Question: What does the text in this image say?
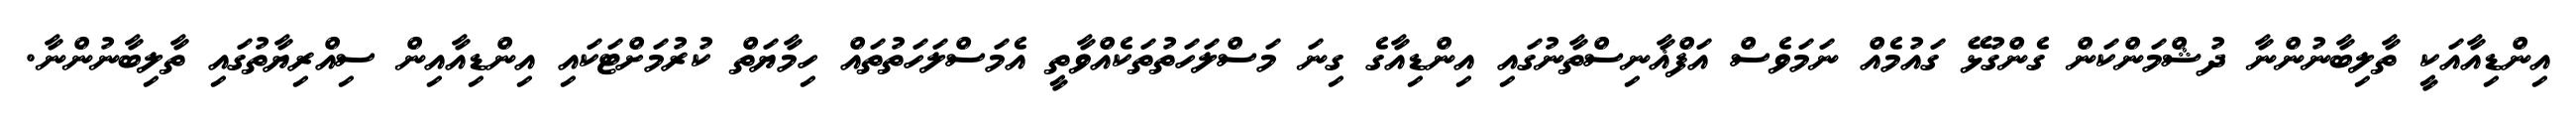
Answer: އިންޑިއާއަކީ ތާލިބާނުންނާ ދުޝްމަންކަން ގެންގުޅޭ ގައުމެއް ނަމަވެސް އަފްޣާނިސްތާނުގައި އިންޑިއާގެ ގިނަ މަސްލަހަތުތަކެއްވާތީ އެމަސްލަހަތުތައް ހިމާޔަތް ކުރުމަށްޓަކައި އިންޑިއާއިން ސިއްރިޔާތުގައި ތާލިބާނުންނާ.